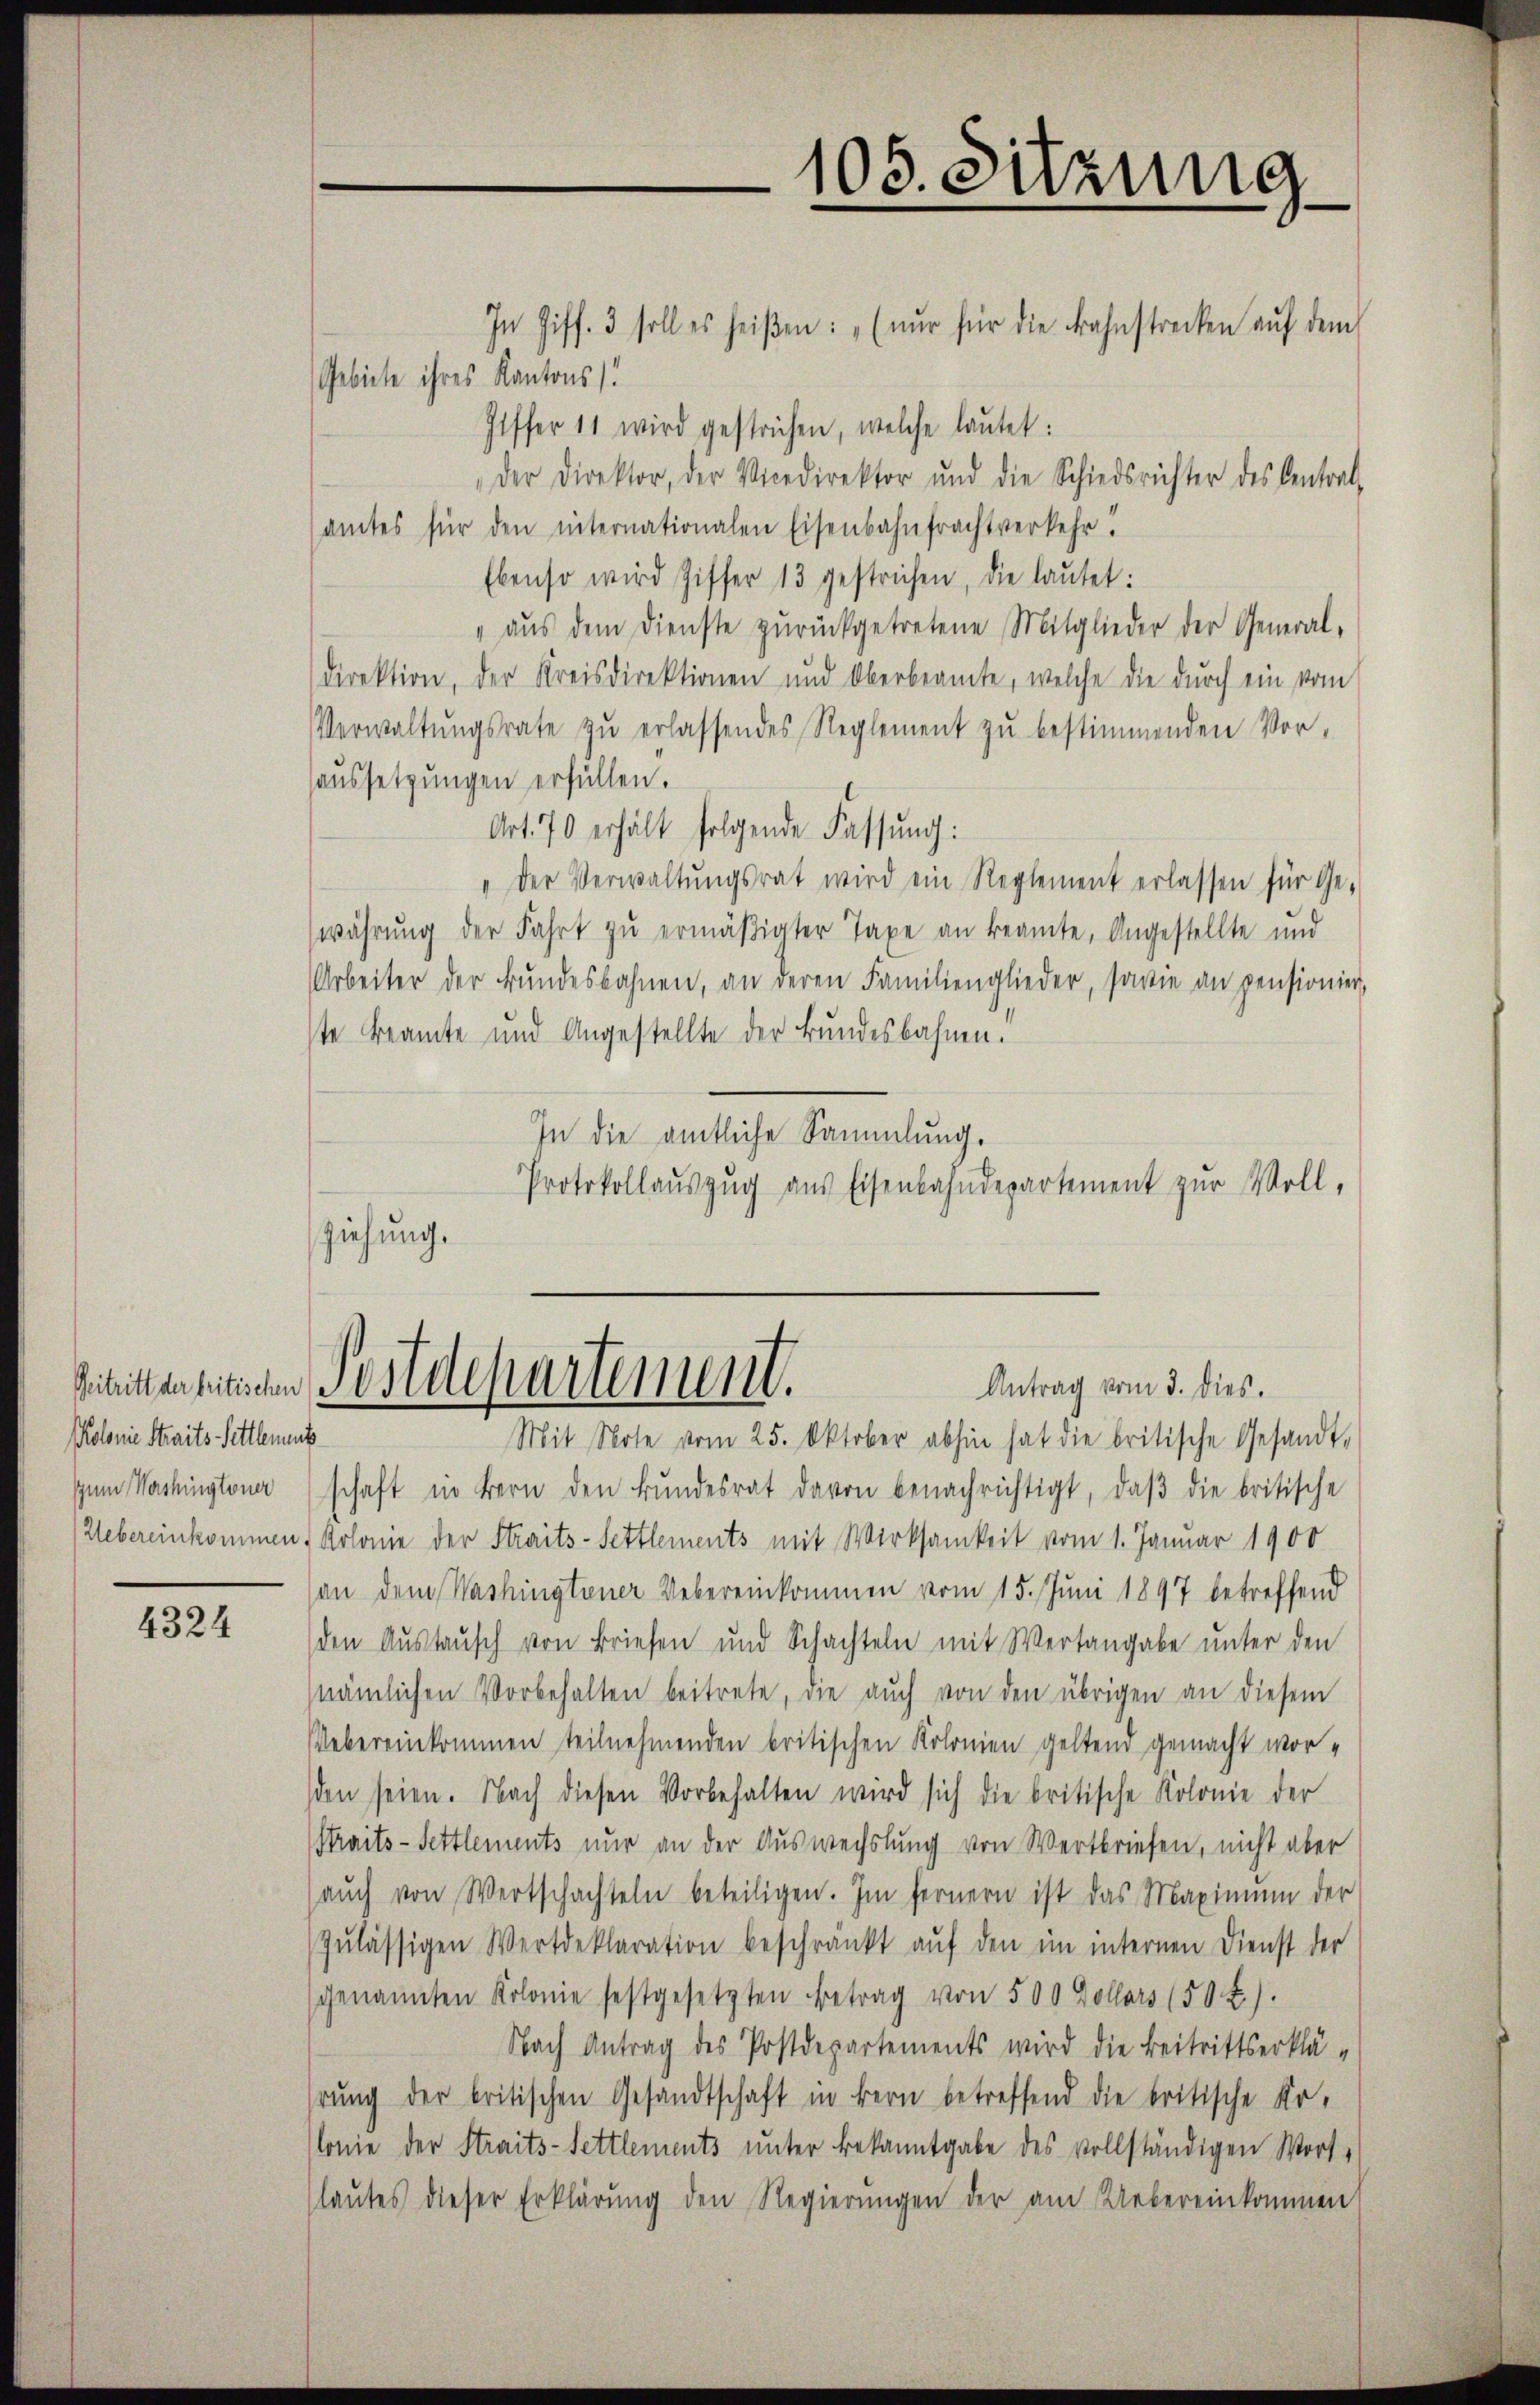
Prolonie Straits Sittlement

4324

105. Sitzung

In Ziff. 3 soll es heißen: „(nŭr für die Bahnstrecken aŭf dem
Gebiete ihres Kantons
Giffer 11 wird gestrichen, welche lautet:
Der Direktor, der Vicedirektor und die Schiedsrichter des Centrat
amtes für den internationalen Eisenbahnfrachtverkehr!
Ebenso wird Ziffer 13 gestrichen, die laŭtet:
" aŭs dem Dienste zŭrückgetretene Mitglieder der General-
direktion, der Kreisdirektionen und Oberbeamte, welche die durch ein vom
Verwaltŭngsrate zŭ erlassendes Reglement zŭ bestimmenden Vor-
aussetzungen erfüllen.
Art. 70 erhält folgende Fassung:
" Der Verwaltŭngsrat wird ein Reglement erlassen für Ge-
währŭng der Fahrt zŭ ermäßigter Taxe an beamte, Angestellte und
Arbeiter der Bŭndesbahnen, an deren Familienglieder, sowie an pensionier,
ste Beamte und Angestellte der Bundesbahnen.
In die amtliche Sammlung.
Protokollaŭszŭg aŭs Eisenbahndepartement zur Voll,
ziehung.

Ditritten seitischen Postdepartement.
Antrag vom 3. dies.

Mit Note vom 25. Oktober abhin hat die britische Gesandt-
zŭm Washingtoner schaft in Bern den Bŭndesrat davon benachrichtigt, daβ die britische
Uebereinkommen, Kolonie der Straits-Settlements mit Wirksamkeit vom 1. Januar 1900
an dem Washingtiner Uebereinkommen vom 15. Juni 1897 betreffend
den Aŭstaŭsch von Briefen und Schachteln mit Wertangabe unter den
nämlichen Vorbehalten beitrete, die aŭch von den übrigen an diesem
Uebereinkommen teilnehmenden britischen Kolonien geltend gemacht worden seien. Nach diesen Vorbehalten wird sich die britische Kolonie der
Streits-Settlements nur an der Auswechslung von Wertbriefen, nicht aber
aŭch von Wertschachteln beteiligen. Im fernern ist das Maximum der
Zulässigen Wertdeklaration beschränkt auf den im internen Dienst der
genannten Kolonie festgesetzten Betrag von 500 Dollars (50 f.).
Nach Antrag des Postdepartements wird die Beitrittserklä-
hrŭng der britischen Gesandtschaft in Bern betreffend die britische Ko-
lonie der Straits-Settlements unter Bekanntgabe des vollständigen Wort-
(laŭtes dieser Erklärŭng den Regierŭngen der am Uebereinkommen